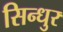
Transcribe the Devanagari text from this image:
सिन्‍धुर